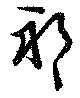
祁